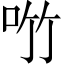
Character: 𪠿